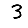
Digit: 3